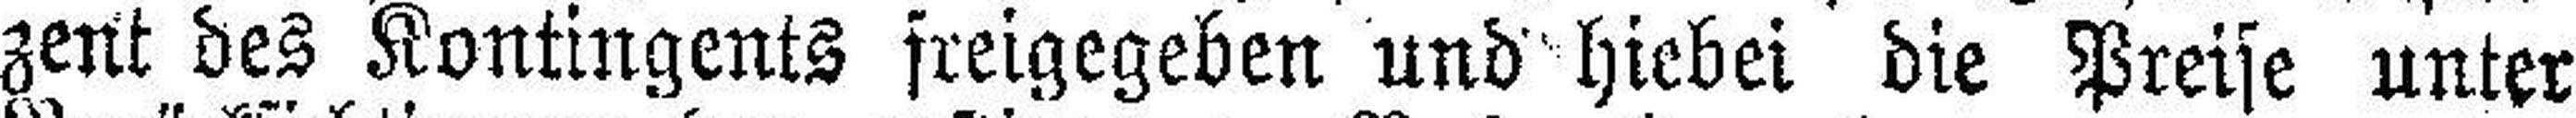
zent des Kontingents freigegeben und hiebei die Preise unter